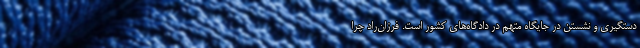
دستگیری و نشستن در جایگاه متهم در دادگاه‌های کشور است. فرزان‌راد چرا